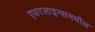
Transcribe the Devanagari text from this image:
एअरलाइन्समधील